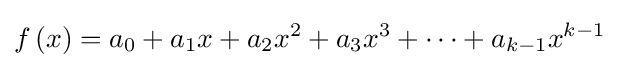
f\left(x\right)=a_{0}+a_{1}x+a_{2}x^{2}+a_{3}x^{3}+\cdots +a_{k-1}x^{k-1}